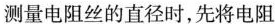
测量电阻丝的直径时，先将电阻图2